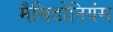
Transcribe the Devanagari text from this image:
मैसिडोनियंस